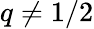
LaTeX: q\neq 1/2